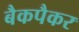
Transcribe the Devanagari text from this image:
बैकपैकर